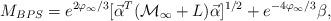
LaTeX: \begin{align*}M_{BPS}= e^{2\varphi_{\infty}/3}[{\vec \alpha}^T({\cal M}_{\infty}+{L}){\vec \alpha}]^{1/2} +e^{-4\varphi_{\infty}/3} \beta, \end{align*}